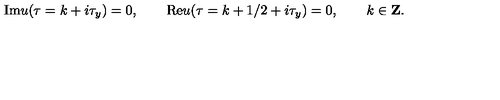
\mathrm { I m } u ( \tau = k + i \tau _ { y } ) = 0 , \qquad \mathrm { R e } u ( \tau = k + 1 / 2 + i \tau _ { y } ) = 0 , \qquad k \in { \bf Z } .